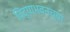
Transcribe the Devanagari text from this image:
विद्याभवनच्या